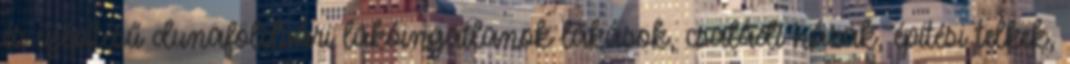
és újépítésű dunaföldvári lakóingatlanok lakások, családi házak, építési telkek,